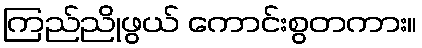
ကြည်ညိုဖွယ် ကောင်းစွတကား။